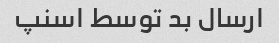
ارسال بد توسط اسنپ